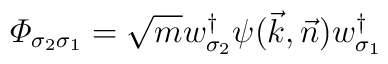
{\mit \Phi}_{\sigma_2\sigma_1}=\sqrt{m}w_{\sigma_2}^{\dagger}\psi(\vec{k},\vec{n})w_{\sigma_1}^{\dagger}